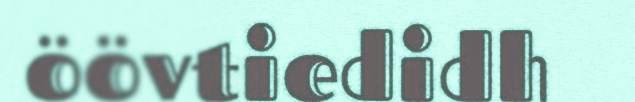
öövtiedidh